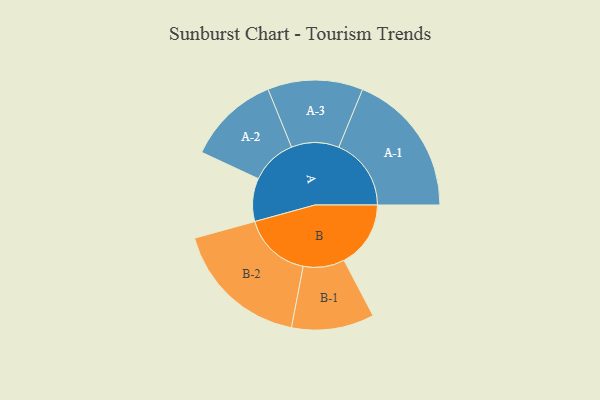
{"axis": {"x": "Segment", "y": "Value"}, "legend": ["", "A", "B"], "data": [{"x": "A", "y": 165, "type": ""}, {"x": "B", "y": 255, "type": ""}, {"x": "A-1", "y": 277, "type": "A"}, {"x": "A-2", "y": 176, "type": "A"}, {"x": "A-3", "y": 182, "type": "A"}, {"x": "B-1", "y": 158, "type": "B"}, {"x": "B-2", "y": 261, "type": "B"}]}